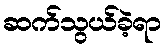
ဆက်သွယ်ခဲ့ရာ